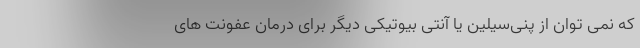
که نمی توان از پنی‌سیلین یا آنتی بیوتیکی دیگر برای درمان عفونت های